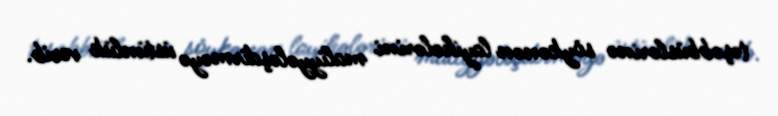
təşəbbüslərinə söykənən layihələrini maliyyələşdirməyə üstünlük verib.